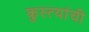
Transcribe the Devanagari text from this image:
कुस्त्यांची